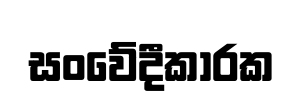
සංවේදීකාරක